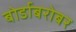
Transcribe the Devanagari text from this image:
बोर्डाबरोबर